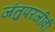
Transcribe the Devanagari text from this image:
जंतुपरजीवी